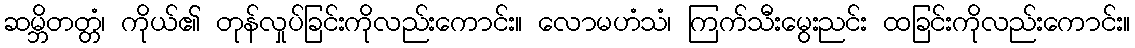
ဆမ္ဘိတတ္တံ၊ ကိုယ်၏ တုန်လှုပ်ခြင်းကိုလည်းကောင်း။ လောမဟံသံ၊ ကြက်သီးမွေးညင်း ထခြင်းကိုလည်းကောင်း။